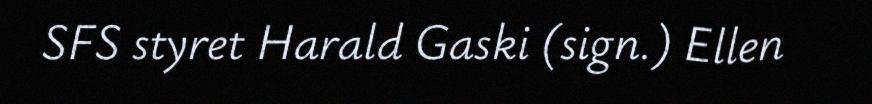
SFS styret Harald Gaski (sign.) Ellen